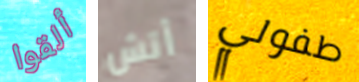
ألقوا أتش طفولي